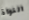
النواة